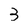
Character: 3